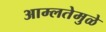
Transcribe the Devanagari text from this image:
आम्लतेमुळे